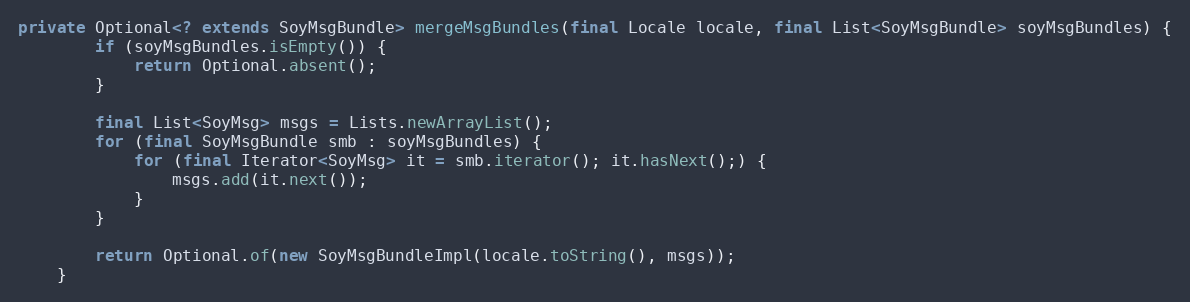
Language: Java
private Optional<? extends SoyMsgBundle> mergeMsgBundles(final Locale locale, final List<SoyMsgBundle> soyMsgBundles) {
        if (soyMsgBundles.isEmpty()) {
            return Optional.absent();
        }

        final List<SoyMsg> msgs = Lists.newArrayList();
        for (final SoyMsgBundle smb : soyMsgBundles) {
            for (final Iterator<SoyMsg> it = smb.iterator(); it.hasNext();) {
                msgs.add(it.next());
            }
        }

        return Optional.of(new SoyMsgBundleImpl(locale.toString(), msgs));
    }